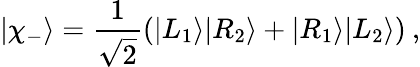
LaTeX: |\chi_{-}\rangle=\frac{1}{\sqrt{2}}(|L_{1}\rangle|R_{2}\rangle+|R_{1}\rangle|L_{2}\rangle)\: ,